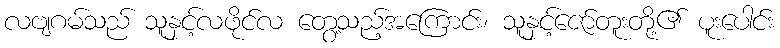
လဗျဂမ်သည် သူနှင့်လဖိုင်လ တွေ့သည့်အကြောင်း၊ သူနှင့်ဇော်တူးတို့၏ ပူးပေါင်း